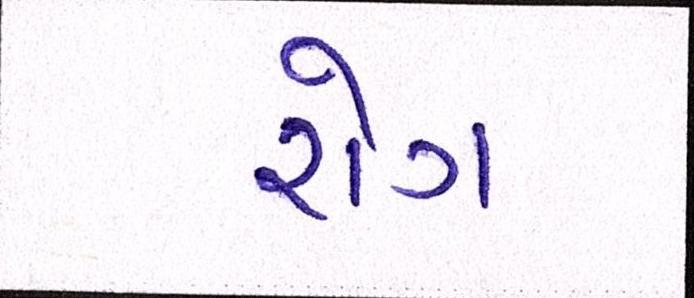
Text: રોગ